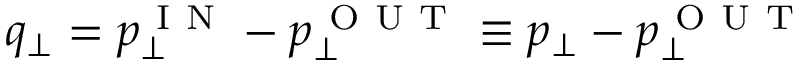
q _ { \perp } = p _ { \perp } ^ { \mathrm { ~ I ~ N ~ } } - p _ { \perp } ^ { \mathrm { ~ O ~ U ~ T ~ } } \equiv p _ { \perp } - p _ { \perp } ^ { \mathrm { ~ O ~ U ~ T ~ } }